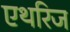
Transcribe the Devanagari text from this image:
एथरिज